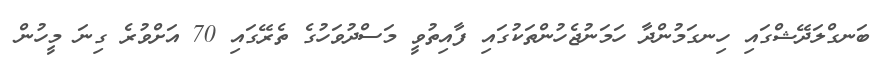
ބަނގްލަދޭޝްގައި ހިނގަމުންދާ ހަމަނުޖެހުންތަކުގައި ފާއިތުވީ މަސްދުވަހުގެ ތެރޭގައި 70 އަށްވުރެ ގިނަ މީހުން